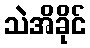
သဲအိခိုင်